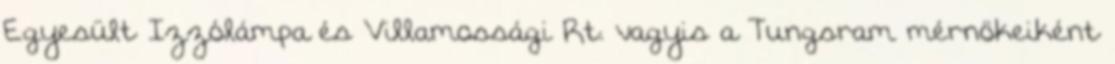
Egyesült Izzólámpa és Villamossági Rt. vagyis a Tungsram mérnökeiként